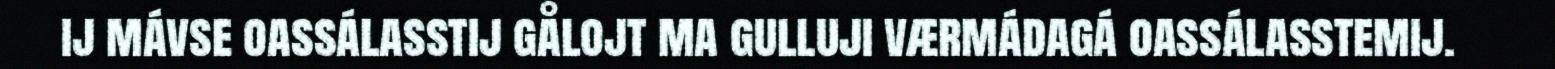
ij mávse oassálasstij gålojt ma gulluji værmádagá oassálasstemij.